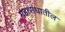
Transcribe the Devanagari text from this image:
महासंघातील